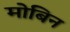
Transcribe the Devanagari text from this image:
मोबिन